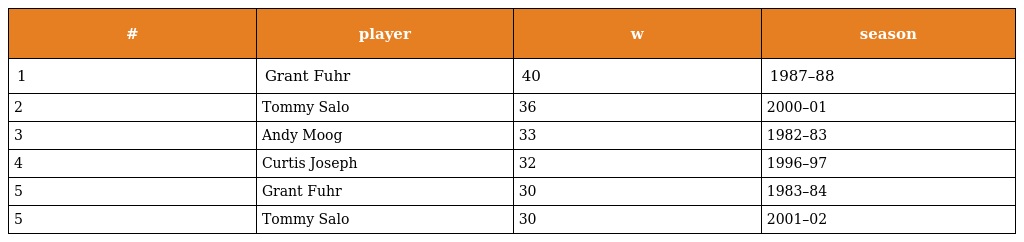
| # | player | w | season |
 | --- | --- | --- | --- |
 | 1 | Grant Fuhr | 40 | 1987–88 |
 | 2 | Tommy Salo | 36 | 2000–01 |
 | 3 | Andy Moog | 33 | 1982–83 |
 | 4 | Curtis Joseph | 32 | 1996–97 |
 | 5 | Grant Fuhr | 30 | 1983–84 |
 | 5 | Tommy Salo | 30 | 2001–02 |